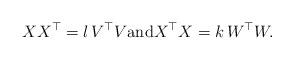
LaTeX: \begin{align*}XX^\top = l \, V^\top V\mbox{and} X^\top X =k \, W^\top W.\end{align*}